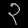
Digit: ၃